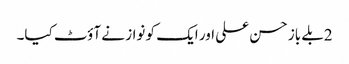
2بلے باز حسن علی اور ایک کو نواز نے آؤٹ کیا۔